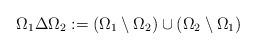
LaTeX: \begin{align*}\Omega_1\Delta \Omega_2:=(\Omega_1\setminus \Omega_2)\cup(\Omega_2\setminus\Omega_1)\end{align*}